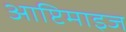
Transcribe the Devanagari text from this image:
आप्टिमाइज